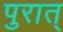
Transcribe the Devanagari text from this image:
पुरात्